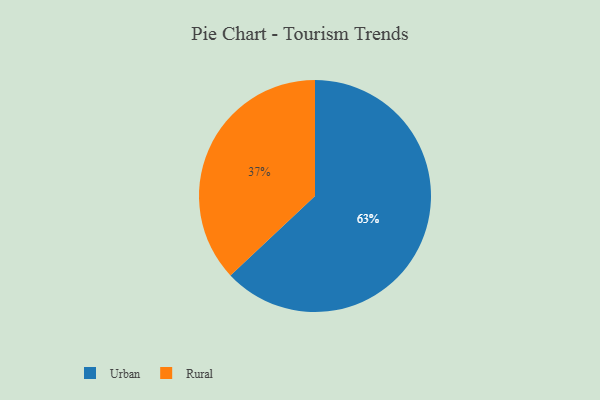
{"axis": {"x": "Category", "y": "Percentage"}, "legend": ["Rural", "Urban"], "data": [{"x": "Urban", "y": 63, "type": "Urban"}, {"x": "Rural", "y": 37, "type": "Rural"}]}